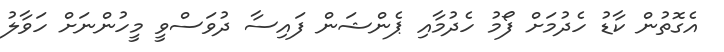
އެގޮތުން ކާޑު ހެދުމަށް ފޯމު ހެދުމާއި ޕެންޝަން ފައިސާ ދުވަސްވީ މީހުންނަށް ހަވާލު